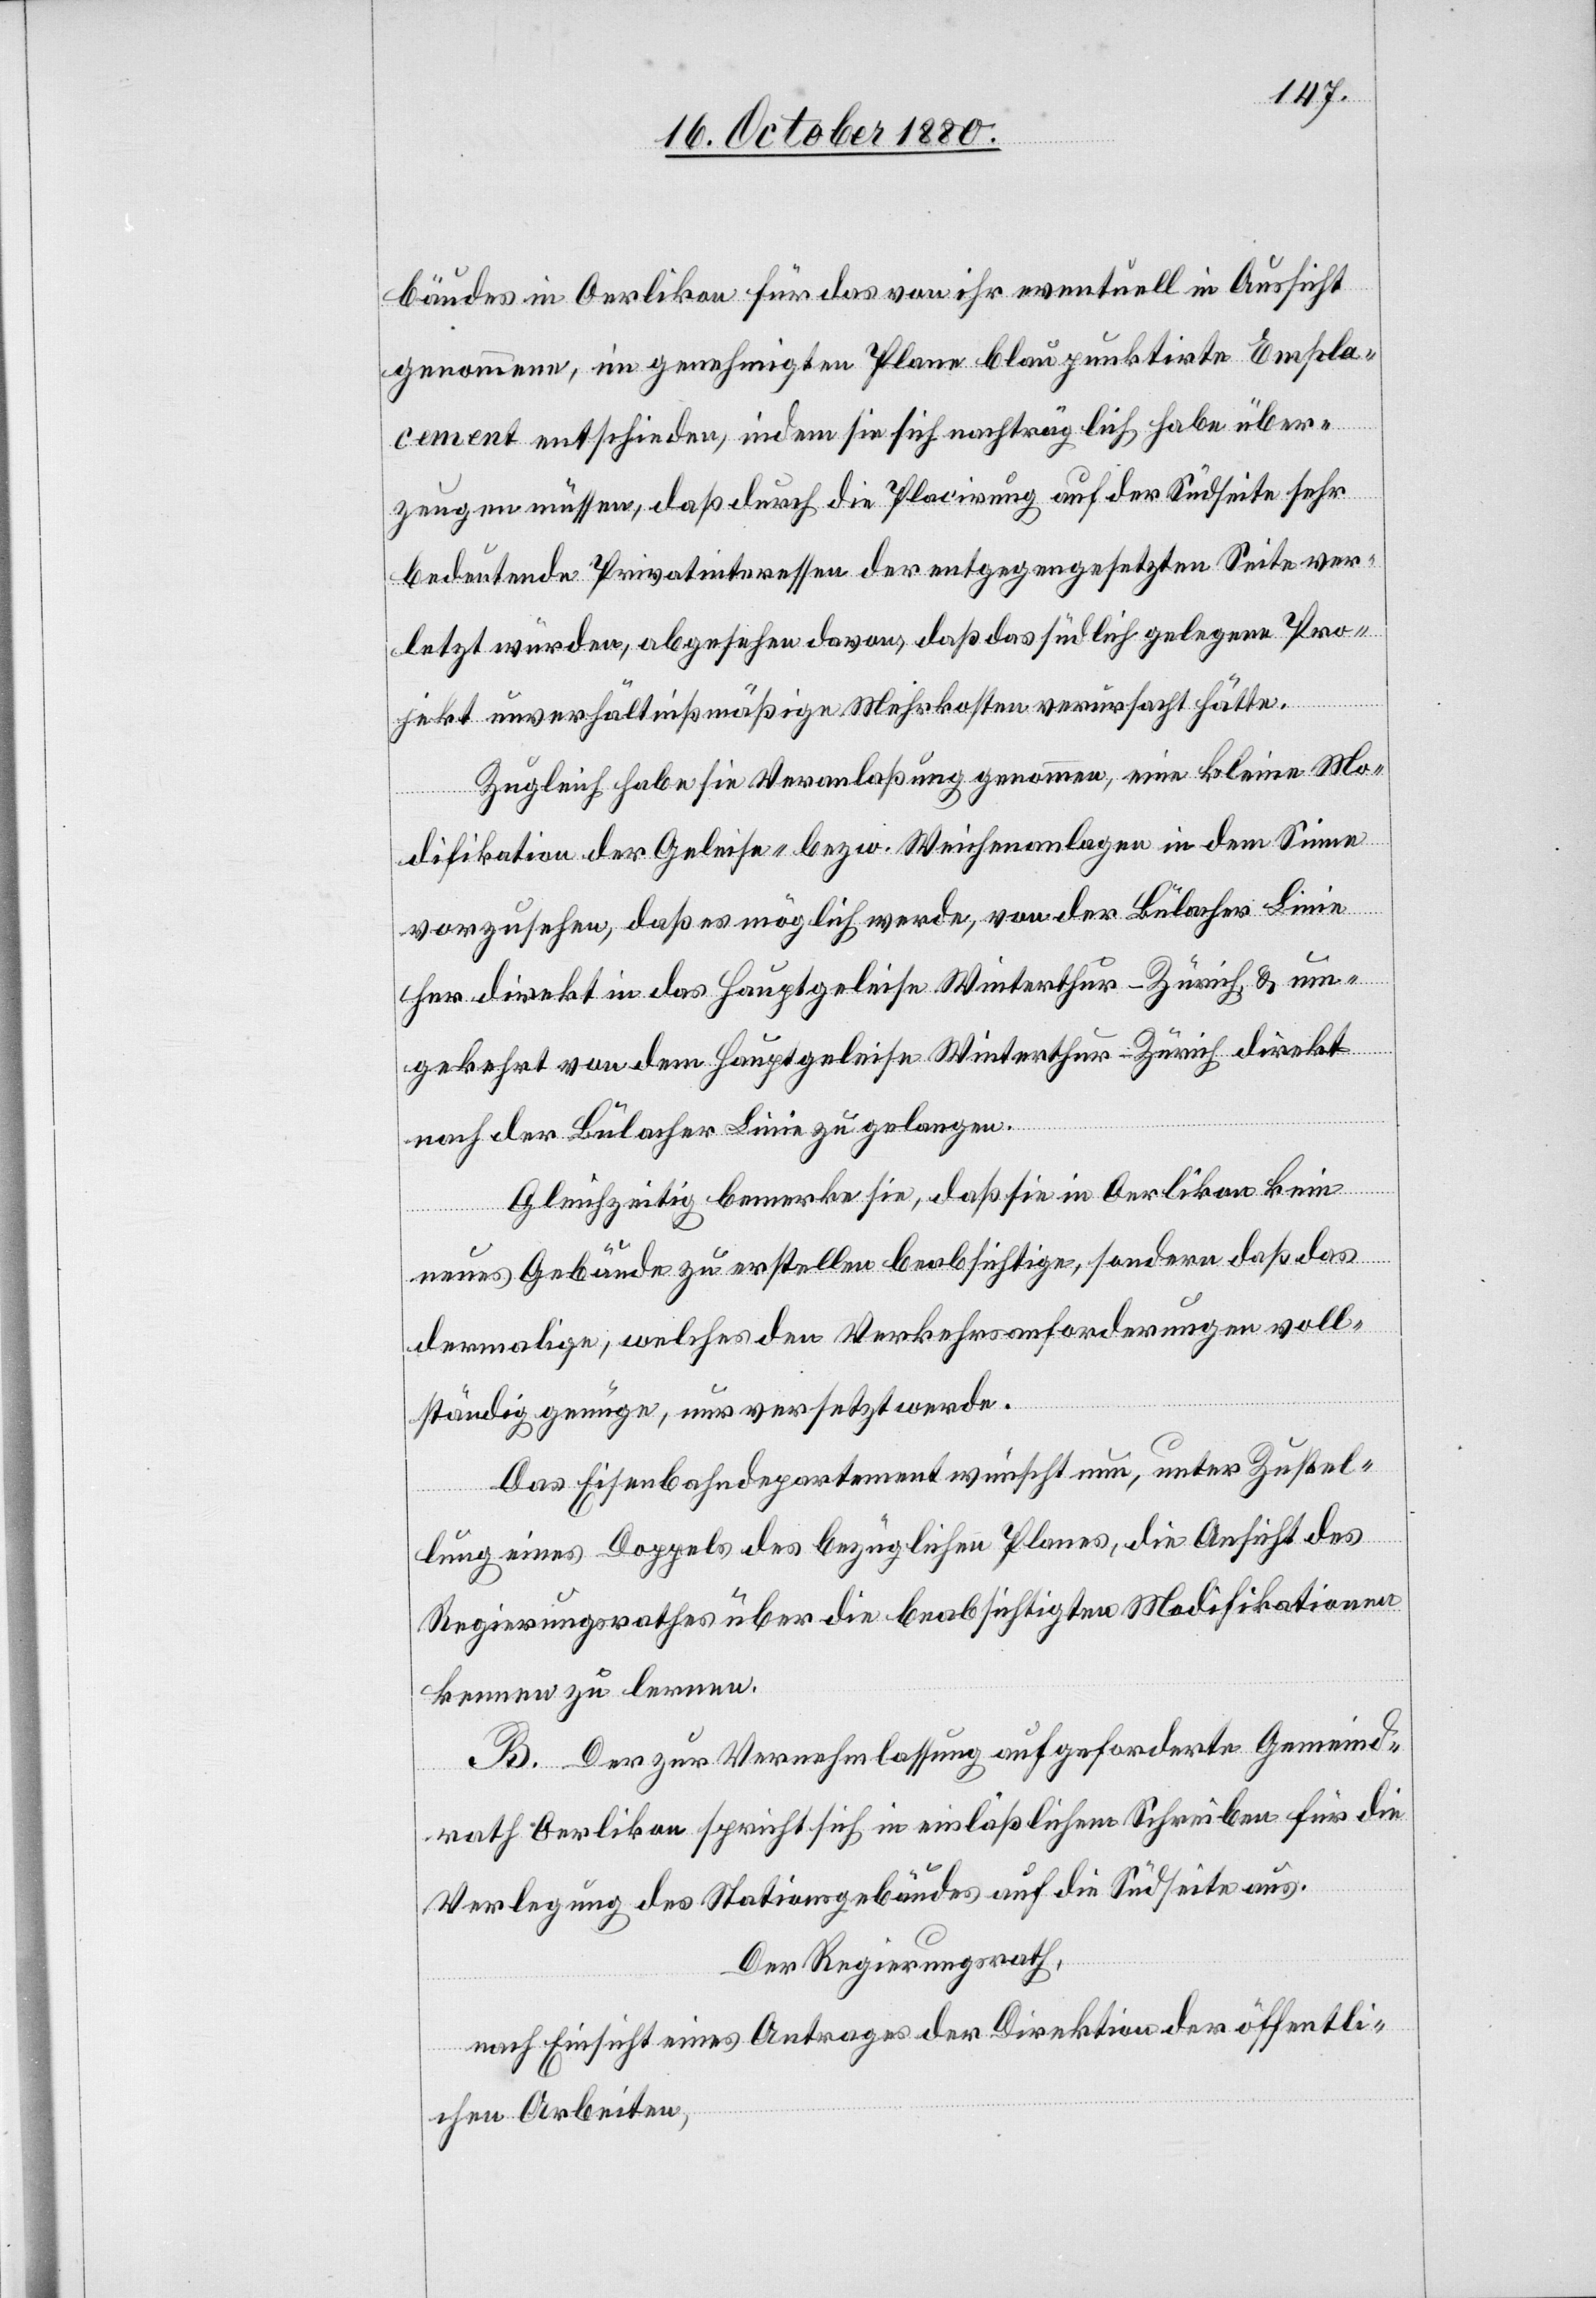
bäudes in Oerlikon für das von ihr eventuell in Aussicht
genommene, im genehmigten Plane blau punktirten Empla¬
cement entschieden, indem sie sich nachträglich habe über¬
zeugen müssen, daß durch die Placirung auf der Südseite sehr
bedeutende Privatinteressen der entgegengesetzten Seite ver¬
letzt würden, abgesehen davon, daß das südlich gelegene Pro¬
jekt unverhältnißmäßige Mehrkosten verursacht hätte.
Zugleich habe sie Veranlaßung genommen, eine kleine Mo¬
difikation der Geleise- bezw. Weichenanlagen in dem Sinne
vorzusehen, daß es möglich werde, von der Bülacher Linie
her direkt in das Hauptgeleise Winterthur–Zürich & um¬
gekehrt von dem Hauptgeleise Winterthur–Zürich direkt
nach der Bülacher Linie zu gelangen.
Gleichzeitig bemerke sie, daß sie in Oerlikon kein
neues Gebäude zu erstellen beabsichtige, sondern daß das
dermalige, welches den Verkehrsanforderungen voll¬
ständig genüge, nur versetzt werde.
Das Eisenbahndepartement wünscht nun, unter Zustel¬
lung eines Doppels des bezüglichen Planes, die Ansicht des
Regierungsrathes über die beabsichtigte Modifikationen
kennen zu lernen.
B. Der zur Vernehmlassung aufgeforderte Gemeind¬
rath Oerlikon spricht sich in einläßlichem Schreiben für die
Verlegung des Stationsgebäudes auf die Südseite aus.
Der Regierungsrath,
nach Einsicht eines Antrages der Direktion der öffentli¬
chen Arbeiten,